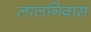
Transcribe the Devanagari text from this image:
लालनिवास